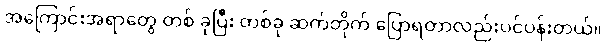
အကြောင်းအရာတွေ တစ် ခုပြီး တစ်ခု ဆက်တိုက် ပြောရတာလည်းပင်ပန်းတယ်။